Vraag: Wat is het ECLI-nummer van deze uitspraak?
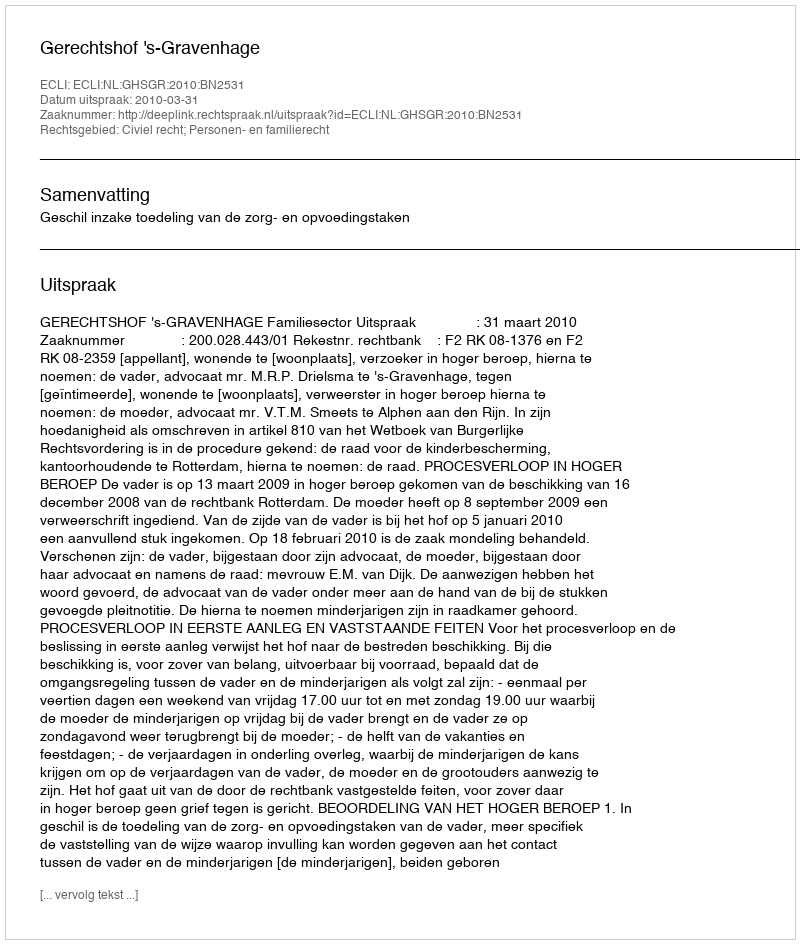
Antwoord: ECLI:NL:GHSGR:2010:BN2531